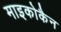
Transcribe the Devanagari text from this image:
माइकोकैन